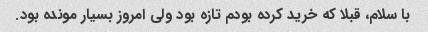
با سلام، قبلا که خرید کرده بودم تازه بود ولی امروز بسیار مونده بود.